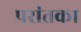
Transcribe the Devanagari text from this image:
परांतका